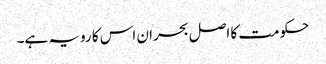
حکومت کا اصل بحران اس کا رویہ ہے۔